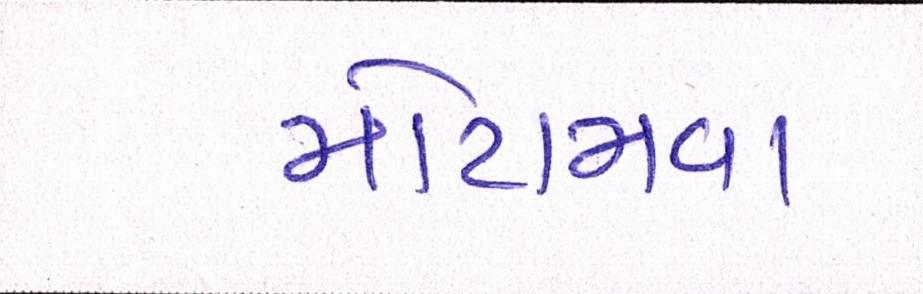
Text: મોટામવા